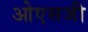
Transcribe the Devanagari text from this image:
ओएसजी